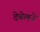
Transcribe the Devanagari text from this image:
देबेलने